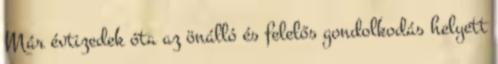
Már évtizedek óta az önálló és felelős gondolkodás helyett